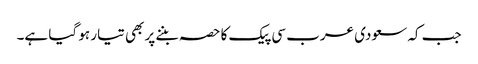
جب کہ سعودی عرب سی پیک کا حصہ بننے پر بھی تیار ہو گیا ہے۔